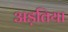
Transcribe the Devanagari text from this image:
अड़तिया